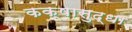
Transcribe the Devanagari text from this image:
कक्षासुद्धा